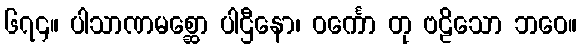
၆၇၄။ ပါသာဏမစ္ဆော ပါဌီနော၊ ဝင်္ကော တု ဗဠိသော ဘဝေ။